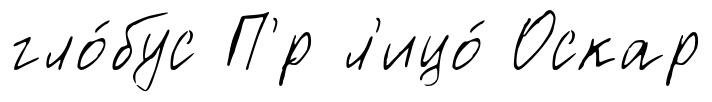
гло́бус П'́р л'ицо́ Оскар